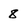
Character: 8